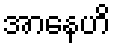
အာနေဟိ